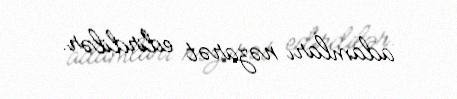
adamları nəzarət edirdilər.